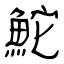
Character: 鮀